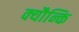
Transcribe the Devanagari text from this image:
क्यौन्कि